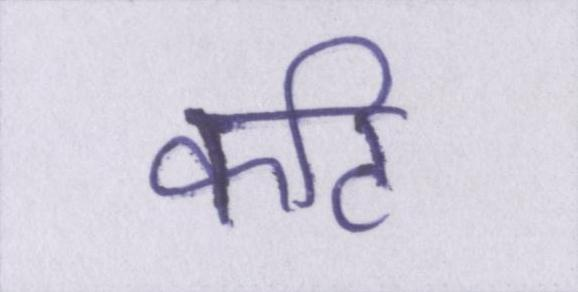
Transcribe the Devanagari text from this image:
कटि